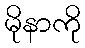
မိုနာကို